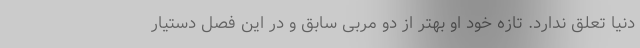
دنیا تعلق ندارد. تازه خود او بهتر از دو مربی سابق و در این فصل دستیار